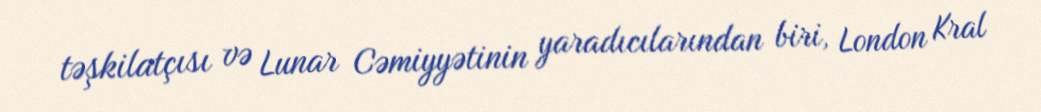
təşkilatçısı və Lunar Cəmiyyətinin yaradıcılarından biri, London Kral